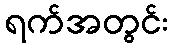
ရက်အတွင်း